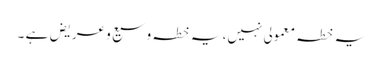
یہ خطہ معمولی نہیں، یہ خطہ وسیع و عریض ہے ۔